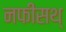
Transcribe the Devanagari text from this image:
नफीसथ्